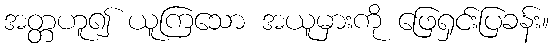
အတ္တဟူ၍ ယူကြသော အယူမှားကို ဖြေရှင်းပြခန်း။